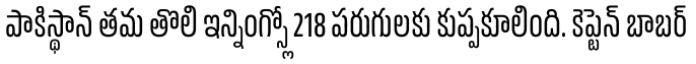
పాకిస్థాన్ తమ తొలి ఇన్నింగ్స్లో 218 పరుగులకు కుప్పకూలింది. కెప్టెన్ బాబర్